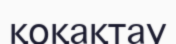
қоқақтау